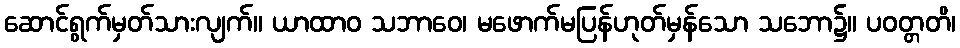
ဆောင်ရွက်မှတ်သားလျက်။ ယာထာဝ သဘာဝေ၊ မဖောက်မပြန်ဟုတ်မှန်သော သဘော၌။ ပဝတ္တတိ၊